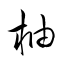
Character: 柚